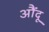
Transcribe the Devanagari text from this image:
औंदू